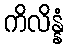
ကိလိန္နံ